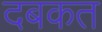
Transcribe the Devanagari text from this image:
दबकत